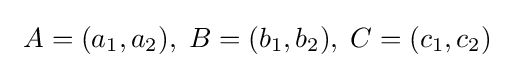
\ A=(a_{1},a_{2}),\;B=(b_{1},b_{2}),\;C=(c_{1},c_{2})